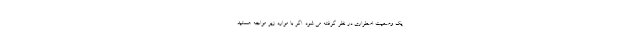
یک وضعیت اضطراری در نظر گرفته می شود. اگر با موارد زیر مواجه هستید